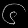
Digit: ၆